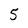
Character: 5